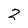
Character: Z